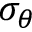
\sigma _ { \theta }